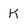
Character: k